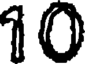
10